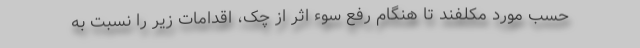
حسب مورد مکلفند تا هنگام رفع سوء اثر از چک، اقدامات زیر را نسبت به